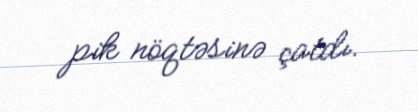
pik nöqtəsinə çatdı.